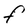
Character: F